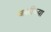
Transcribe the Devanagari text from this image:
जळीच्या